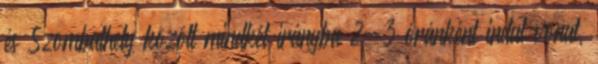
és Szombathely között mindkét irányba 2-3 óránként indul vonat,